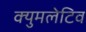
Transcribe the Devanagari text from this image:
क्युमलेटिव